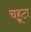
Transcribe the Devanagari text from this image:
चहूटा